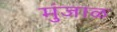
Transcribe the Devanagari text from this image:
मुंजाळ